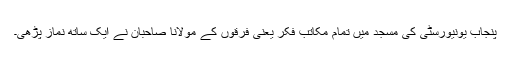
پنجاب یونیورسٹی کی مسجد میں تمام مکاتب فکر یعنی فرقوں کے مولانا صاحبان نے ایک ساتھ نماز پڑھی۔